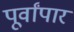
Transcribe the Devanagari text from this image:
पूर्वांपार